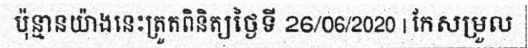
ប៉ុន្មានយ៉ាងនេះត្រួតពិនិត្យថ្ងៃទី 26/06/2020 | កែសម្រួល